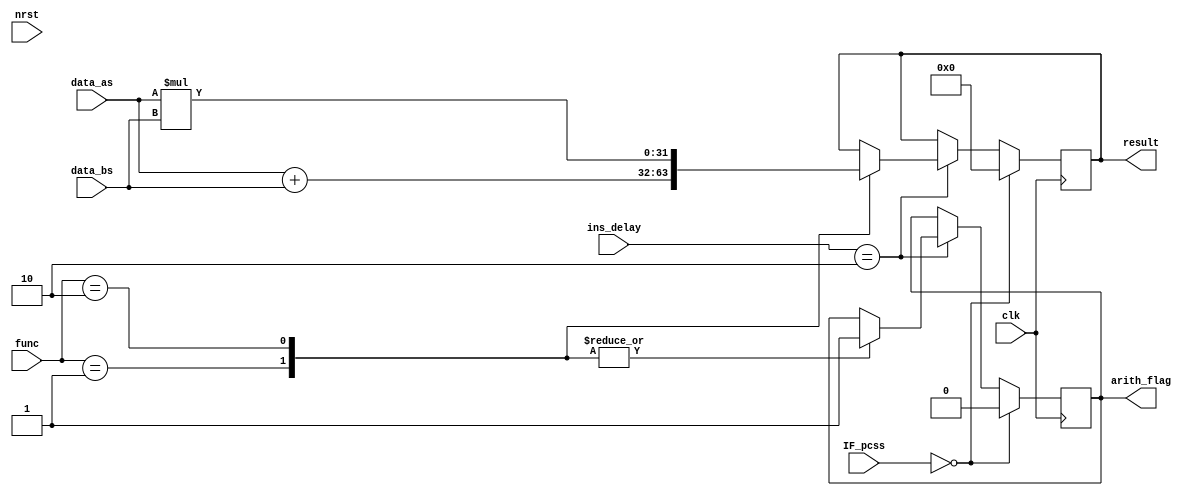
`timescale 1ns / 1ps


module alu(

  input clk,
  input nrst,
  input [31:0] ins_delay,
  input [2:0] func,
  input [31:0] data_as,
  input [31:0] data_bs,
 // input type,
  output [31:0] result,
//  output [31:0] result1,
  output arith_flag,
  
  input [31:0]IF_pcss
);

		
  reg [31:0] results;
 // reg [31:0] results1;
  reg addflg;
  reg arith_flags;
  
	assign arith_flag = arith_flags;
  assign result = results;
 // assign result1 = results1;
  
  initial 
  begin
		results = 0;
   //     results1 =0;

		addflg = 0;
		arith_flags = 0;
  end

  always @(posedge clk)
  begin
//	if (type == 1)
//	begin

	if(IF_pcss == 0)
	begin
		results = 0;
     //   results1 = 0;
		arith_flags = 0;
	end
	else
	begin
		if(ins_delay == 2)
		begin	
				case (func)
					3'b001 : begin 
									results = data_as + data_bs; // Add
									arith_flags = 1;
								end
					3'b010 : begin
									results = data_as * data_bs; // Multiply
									arith_flags = 1;
								end
				endcase
		end	
	end
		
		
		
 end
endmodule